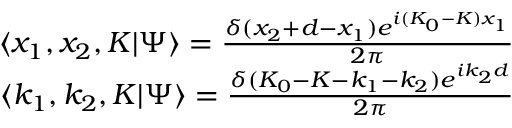
\begin{array} { r } { \langle x _ { 1 } , x _ { 2 } , K | \Psi \rangle = \frac { \delta ( x _ { 2 } + d - x _ { 1 } ) e ^ { i ( K _ { 0 } - K ) x _ { 1 } } } { 2 \pi } } \\ { \langle k _ { 1 } , k _ { 2 } , K | \Psi \rangle = \frac { \delta ( K _ { 0 } - K - k _ { 1 } - k _ { 2 } ) e ^ { i k _ { 2 } d } } { 2 \pi } } \end{array}